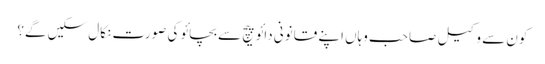
کون سے وکیل صاحب وہاں اپنے قانونی دائو پیچ سے بچائو کی صورت نکال سکیں گے؟